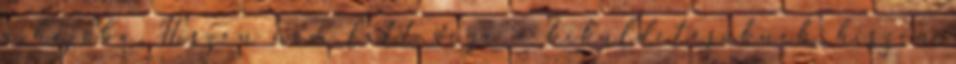
a hajóba. Hiszen nem lett vége a kiküldetésüknek, hiszen